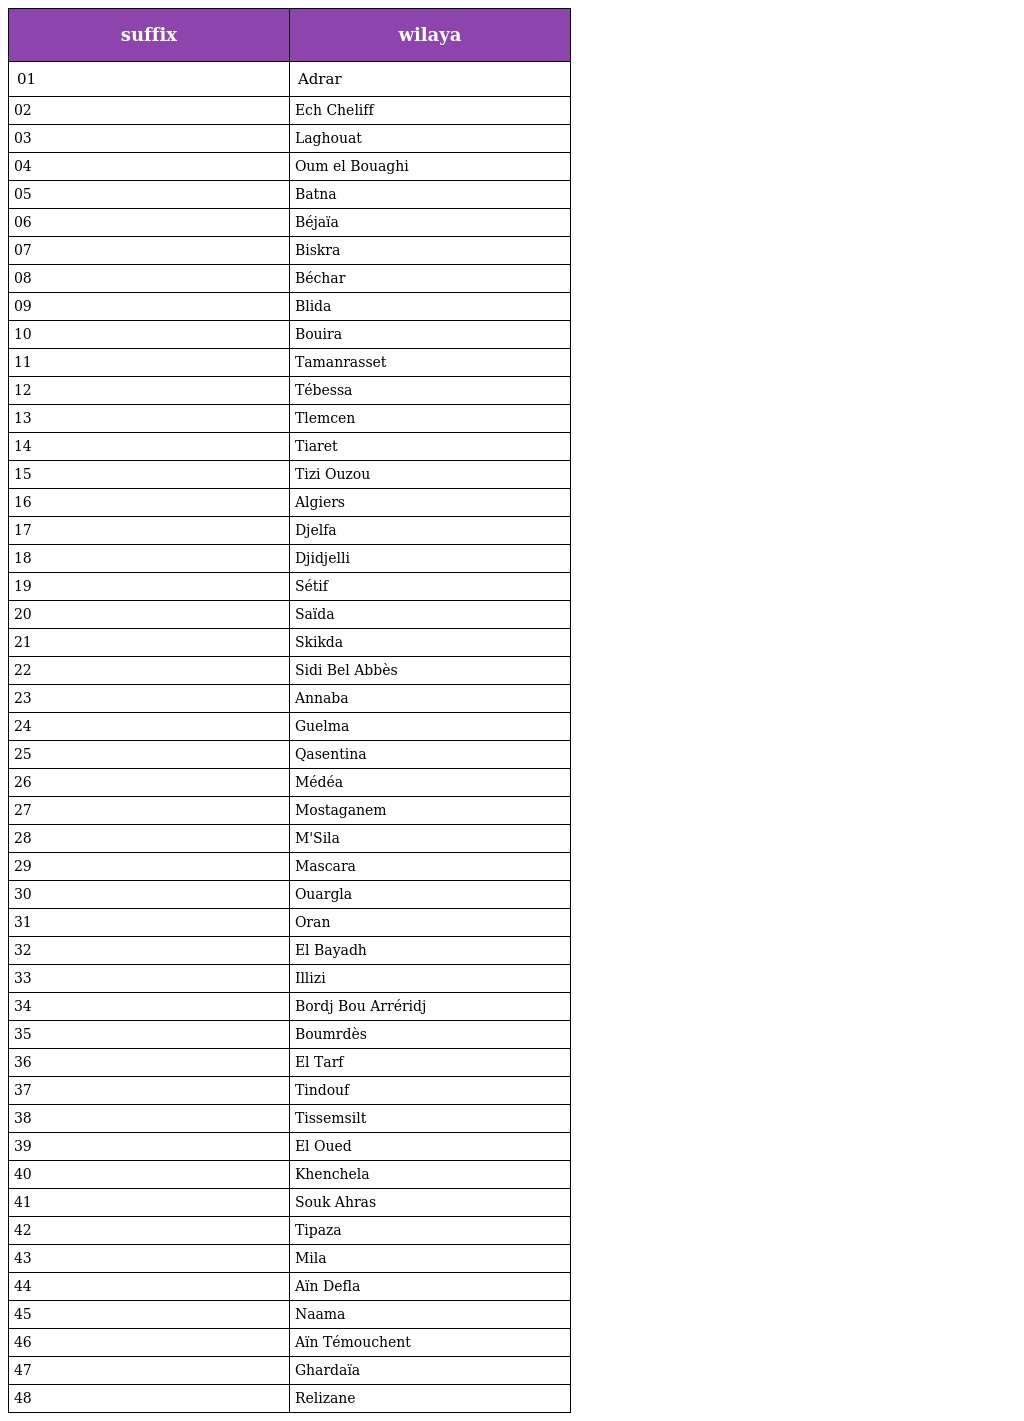
| suffix | wilaya |
 | --- | --- |
 | 01 | Adrar |
 | 02 | Ech Cheliff |
 | 03 | Laghouat |
 | 04 | Oum el Bouaghi |
 | 05 | Batna |
 | 06 | Béjaïa |
 | 07 | Biskra |
 | 08 | Béchar |
 | 09 | Blida |
 | 10 | Bouira |
 | 11 | Tamanrasset |
 | 12 | Tébessa |
 | 13 | Tlemcen |
 | 14 | Tiaret |
 | 15 | Tizi Ouzou |
 | 16 | Algiers |
 | 17 | Djelfa |
 | 18 | Djidjelli |
 | 19 | Sétif |
 | 20 | Saïda |
 | 21 | Skikda |
 | 22 | Sidi Bel Abbès |
 | 23 | Annaba |
 | 24 | Guelma |
 | 25 | Qasentina |
 | 26 | Médéa |
 | 27 | Mostaganem |
 | 28 | M'Sila |
 | 29 | Mascara |
 | 30 | Ouargla |
 | 31 | Oran |
 | 32 | El Bayadh |
 | 33 | Illizi |
 | 34 | Bordj Bou Arréridj |
 | 35 | Boumrdès |
 | 36 | El Tarf |
 | 37 | Tindouf |
 | 38 | Tissemsilt |
 | 39 | El Oued |
 | 40 | Khenchela |
 | 41 | Souk Ahras |
 | 42 | Tipaza |
 | 43 | Mila |
 | 44 | Aïn Defla |
 | 45 | Naama |
 | 46 | Aïn Témouchent |
 | 47 | Ghardaïa |
 | 48 | Relizane |